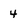
Character: 4